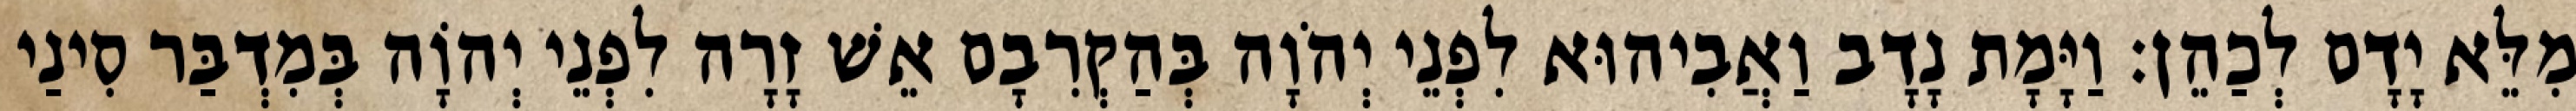
מִלֵּא יָדָם לְכַהֵן׃ וַיָּמָת נָדָב וַאֲבִיהוּא לִפְנֵי יְהֹוָה בְּהַקְרִבָם אֵשׁ זָרָה לִפְנֵי יְהוָֹה בְּמִדְבַּר סִינַי